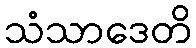
သံသာဒေတိ